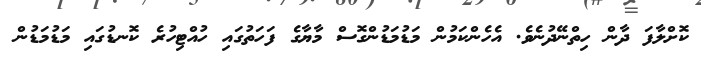
ކޮށްލާފަ ދާން ހިތްނޭދުނެވެ. އެހެންކަމުން މަޑުމަޑުންގޮސް މާޔާގެ ފަހަތުގައި ހުއްޓިހުރެ ކޮނޑުގައި މަޑުމަޑުން